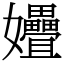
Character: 㜼